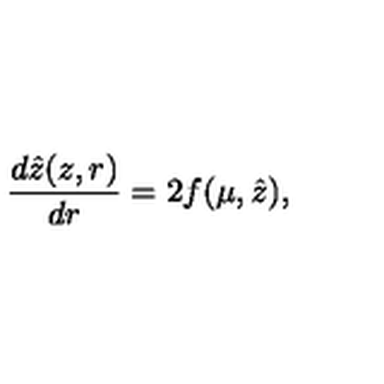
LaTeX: \frac { d \hat { z } ( z , r ) } { d r } = 2 f ( \mu , \hat { z } ) ,